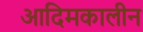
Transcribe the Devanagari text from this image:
आदिमकालीन